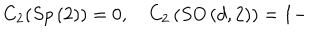
LaTeX: C _ { 2 } ( S p \left( 2 \right) ) = 0 , \quad C _ { 2 } \left( S O \left( d , 2 \right) \right) = 1 -